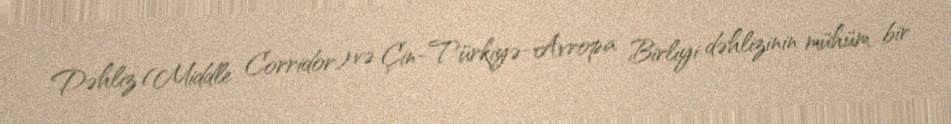
Dəhliz (Middle Corridor) və Çin-Türkiyə-Avropa Birliyi dəhlizinin mühüm bir